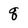
Character: q